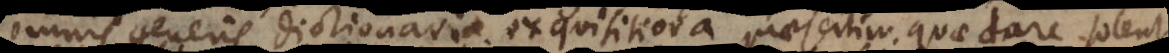
omnis generis dictionaria exquisitiora, praesertim quae dare solent